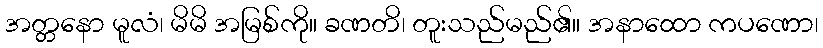
အတ္တနော မူလံ၊ မိမိ အမြစ်ကို။ ခဏတိ၊ တူးသည်မည်၏။ အနာထော ကပဏော၊